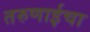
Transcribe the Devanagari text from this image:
तरुणाईचा